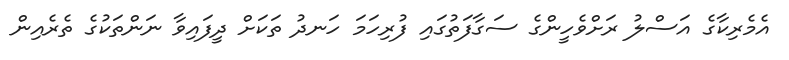
އެމެރިކާގެ އަސްލު ރަށްވެހީންގެ ސަގާފަތުގައި ފުރިހަމަ ހަނދު ތަކަށް ދީފައިވާ ނަންތަކުގެ ތެރެއިން